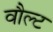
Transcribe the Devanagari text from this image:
वौल्ट